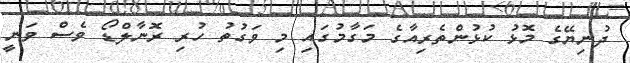
ދުނިޔޭގެ މޮޅު ކުޅުންތެރިއާގެ މަގާމުގައި މި ވަގުތު ހުރި ރޮނާލްޑޯ ވެސް ވަނީ